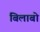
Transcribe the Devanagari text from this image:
बिलाबो